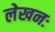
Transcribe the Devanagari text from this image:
लेखनः